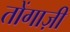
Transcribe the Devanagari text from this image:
तोंगाज़ी